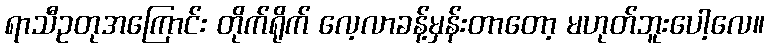
ရာသီဥတုအကြောင်း တိုက်ရိုက် လေ့လာခန့်မှန်းတာတော့ မဟုတ်ဘူးပေါ့လေ။